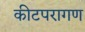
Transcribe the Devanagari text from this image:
कीटपरागण